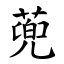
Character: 蔸